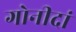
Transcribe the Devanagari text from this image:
गोनीदां